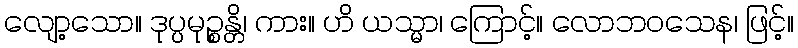
လျော့သော။ ဒုပ္ပမုဉ္စန္တိ၊ ကား။ ဟိ ယသ္မာ၊ ကြောင့်။ လောဘဝသေန၊ ဖြင့်။